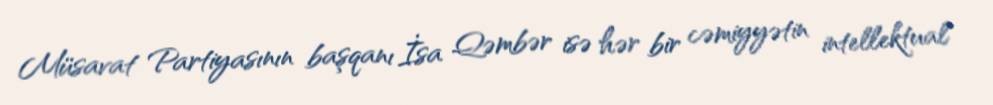
Müsavat Partiyasının başqanı İsa Qəmbər isə hər bir cəmiyyətin intellektual